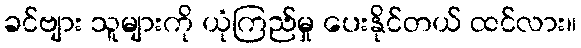
ခင်ဗျား သူများကို ယုံကြည်မှု ပေးနိုင်တယ် ထင်လား။